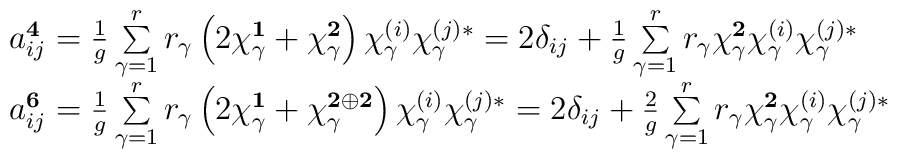
\begin{array}{l}a_{ij}^{{\bf 4}}=\frac{1}{g}\sum\limits_{\gamma=1}^{r}r_{\gamma} 	\left(2 \chi_{\gamma}^{{\bf 1}} + \chi_{\gamma}^{{\bf 2}} \right)	\chi_{\gamma }^{(i)}\chi_{\gamma }^{(j)*}	= 2 \delta_{ij} + \frac{1}{g}\sum\limits_{\gamma=1}^{r}r_{\gamma} 	\chi_{\gamma}^{{\bf 2}}	\chi_{\gamma }^{(i)}\chi_{\gamma }^{(j)*}\\a_{ij}^{{\bf 6}}=\frac{1}{g}\sum\limits_{\gamma=1}^{r}r_{\gamma} 	\left(2 \chi_{\gamma}^{{\bf 1}} + \chi_{\gamma}^{{\bf 2}	\oplus {\bf 2}} \right)	\chi_{\gamma }^{(i)}\chi_{\gamma }^{(j)*}	= 2 \delta_{ij} + \frac{2}{g}\sum\limits_{\gamma=1}^{r}r_{\gamma} 	\chi_{\gamma}^{{\bf 2}} \chi_{\gamma }^{(i)}\chi_{\gamma }^{(j)*}\\\end{array}